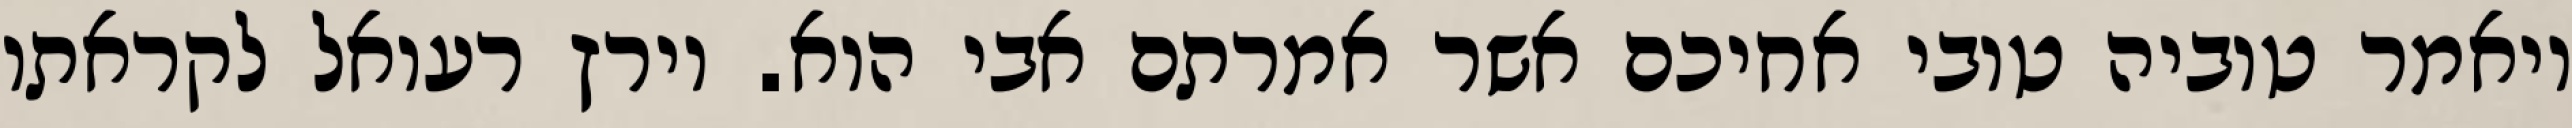
ויאמר טוביה טובי אחיכם אשר אמרתם אבי הוא. וירץ רעואל לקראתו